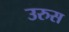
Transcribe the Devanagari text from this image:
उरुस